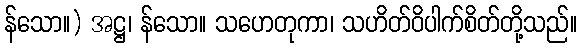
န်သော။) အဋ္ဌ၊ န်သော။ သဟေတုကာ၊ သဟိတ်ဝိပါက်စိတ်တို့သည်။